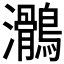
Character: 𪆸